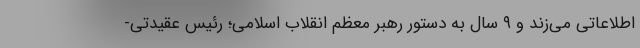
اطلاعاتی می‌زند و ۹ سال به دستور رهبر معظم انقلاب اسلامی؛ رئیس عقیدتی-